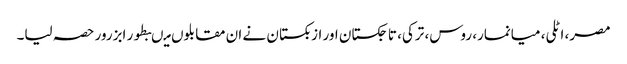
مصر، اٹلی، میانمار، روس، ترکی، تاجکستان اور ازبکستان نے ان مقابلوں میںبطور ابزرور حصہ لیا۔